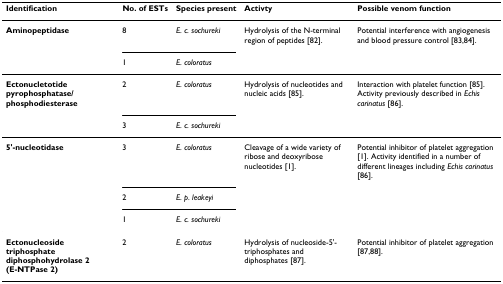
<table><thead><tr><td><b>Identification</b></td><td><b>No. of ESTs</b></td><td><b>Species present</b></td><td><b>Activty</b></td><td><b>Possible venom function</b></td></tr></thead><tbody><tr><td><b>Aminopeptidase</b></td><td>8</td><td><i>E. c. sochureki</i></td><td>Hydrolysis of the N-terminal region of peptides [82].</td><td>Potential interference with angiogenesis and blood pressure control [83,84].</td></tr><tr><td></td><td>1</td><td><i>E. coloratus</i></td><td></td><td></td></tr><tr><td><b>Ectonucletotide pyrophosphatase/phosphodiesterase</b></td><td>2</td><td><i>E. coloratus</i></td><td>Hydrolysis of nucleotides and nucleic acids [85].</td><td>Interaction with platelet function [85]. Activity previously described in <i>Echis carinatus </i>[86].</td></tr><tr><td></td><td>3</td><td><i>E. c. sochureki</i></td><td></td><td></td></tr><tr><td><b>5&#x27;-nucleotidase</b></td><td>3</td><td><i>E. coloratus</i></td><td>Cleavage of a wide variety of ribose and deoxyribose nucleotides [1].</td><td>Potential inhibitor of platelet aggregation [1]. Activity identified in a number of different lineages including <i>Echis carinatus </i>[86].</td></tr><tr><td></td><td>2</td><td><i>E. p. leakeyi</i></td><td></td><td></td></tr><tr><td></td><td>1</td><td><i>E. c. sochureki</i></td><td></td><td></td></tr><tr><td><b>Ectonucleoside triphosphate diphosphohydrolase 2 (E-NTPase 2)</b></td><td>2</td><td><i>E. coloratus</i></td><td>Hydrolysis of nucleoside-5&#x27;-triphosphates and diphosphates [87].</td><td>Potential inhibitor of platelet aggregation [87,88].</td></tr></tbody></table>